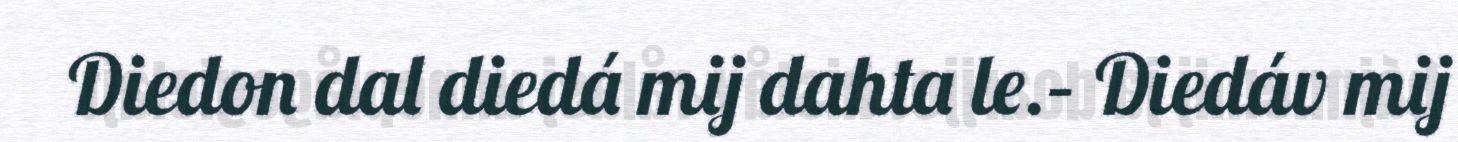
Diedon dal diedá mij dahta le.– Diedáv mij